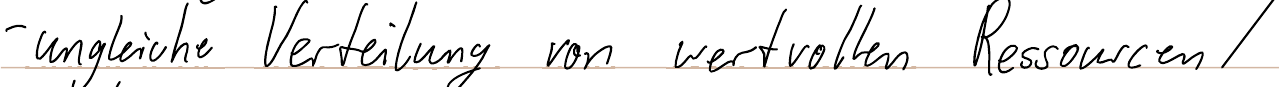
- ungleiche Verteilung von wertvollen Ressourcen /